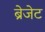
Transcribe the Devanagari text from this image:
ब्रेजेट